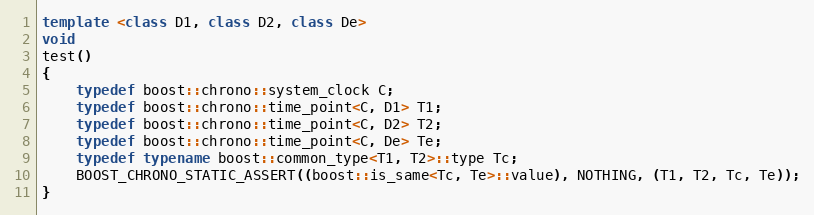
Language: C++
template <class D1, class D2, class De>
void
test()
{
    typedef boost::chrono::system_clock C;
    typedef boost::chrono::time_point<C, D1> T1;
    typedef boost::chrono::time_point<C, D2> T2;
    typedef boost::chrono::time_point<C, De> Te;
    typedef typename boost::common_type<T1, T2>::type Tc;
    BOOST_CHRONO_STATIC_ASSERT((boost::is_same<Tc, Te>::value), NOTHING, (T1, T2, Tc, Te));
}